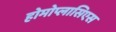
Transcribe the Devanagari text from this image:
होमोप्लासिएस